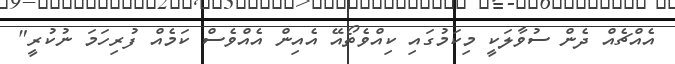
އެއްޗެއް ދެން ސުވާލަކީ މިކަމުގައި ކިއްވެތޯއޭ އެއިން އެއްވެސް ކަމެއް ފުރިހަމަ ނުކުރީ"